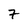
Character: 7